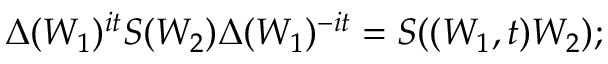
\Delta ( W _ { 1 } ) ^ { i t } S ( W _ { 2 } ) \Delta ( W _ { 1 } ) ^ { - i t } = S ( \l ( W _ { 1 } , t ) W _ { 2 } ) ;